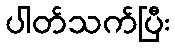
ပါတ်သက်ပြီး